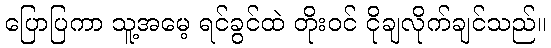
ပြောပြကာ သူ့အမေ့ ရင်ခွင်ထဲ တိုးဝင် ငိုချလိုက်ချင်သည်။